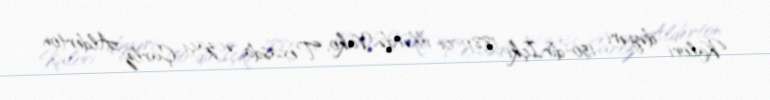
Kalori dəyəri 150-dir.İçki 1880-ci illərdə Vako, Texasda əczaçı Çarlz Alderton